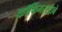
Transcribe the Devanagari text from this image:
कॉफिंगरस्ट्राबे